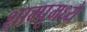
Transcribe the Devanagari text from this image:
शाम्पूमध्ये